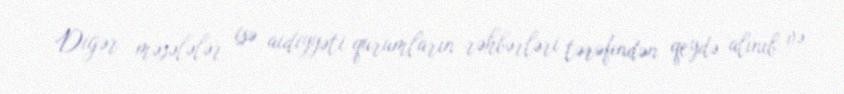
Digər məsələlər isə aidiyyəti qurumların rəhbərləri tərəfindən qeydə alınıb və